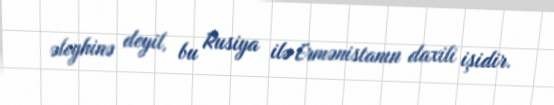
əleyhinə deyil, bu Rusiya ilə Ermənistanın daxili işidir.